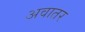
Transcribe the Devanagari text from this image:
अवातर